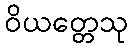
ဝိယတ္တေသု